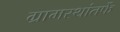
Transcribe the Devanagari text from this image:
ग्रामस्थांतर्फे